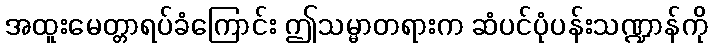
အထူးမေတ္တာရပ်ခံကြောင်း ဤသမ္မာတရားက ဆံပင်ပုံပန်းသဏ္ဍာန်ကို